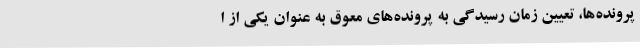
پرونده‌ها، تعیین زمان رسیدگی به پرونده‌های معوق به عنوان یکی از ا